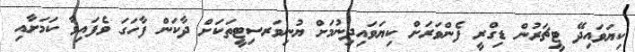
ކިޔަވައިދޭ ޓީޗަރުން ޑިގްރީ ފެންވަރަށް ކިޔަވައިދިނުމަށް ޔުނިވަރސިޓީތަކަށް ދާކަން ފާހަގަ ވެފައިވާ ކަމަށާއި